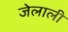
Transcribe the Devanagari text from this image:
जेलाली